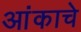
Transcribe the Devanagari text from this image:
आंकाचे